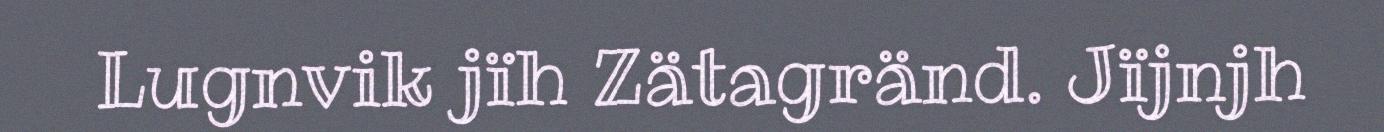
Lugnvik jïh Zätagränd. Jïjnjh